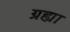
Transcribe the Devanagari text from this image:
ग्रह्या